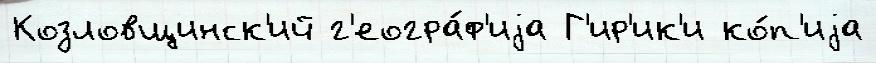
Козловщинск'ий г'еогра́ф'иjа Г'ир'ик'и ко́п'иjа